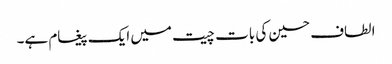
الطاف حسین کی بات چیت میں ایک پیغام ہے۔